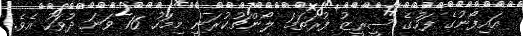
އައިފޯނުގެ ފަހުގެ ސީރީޒު ފުރަތަމަ ލޯންޗުކުރަނީ މިމަހު 16 ވަނަ ދުވަހު އެވެ.